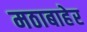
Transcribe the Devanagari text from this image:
मठाबाहेर